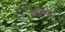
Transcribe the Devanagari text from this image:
घेणेस